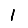
Digit: 1